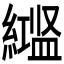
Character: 𬗻